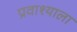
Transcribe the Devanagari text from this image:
प्रवाश्याला